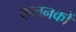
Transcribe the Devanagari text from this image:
फलनकों